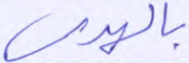
بالهدى